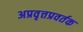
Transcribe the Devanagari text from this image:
अप्रवृत्तप्रवर्तक